Lunatic asylums Bombay report 1878-1890 - 1878-1890
Year: 1878
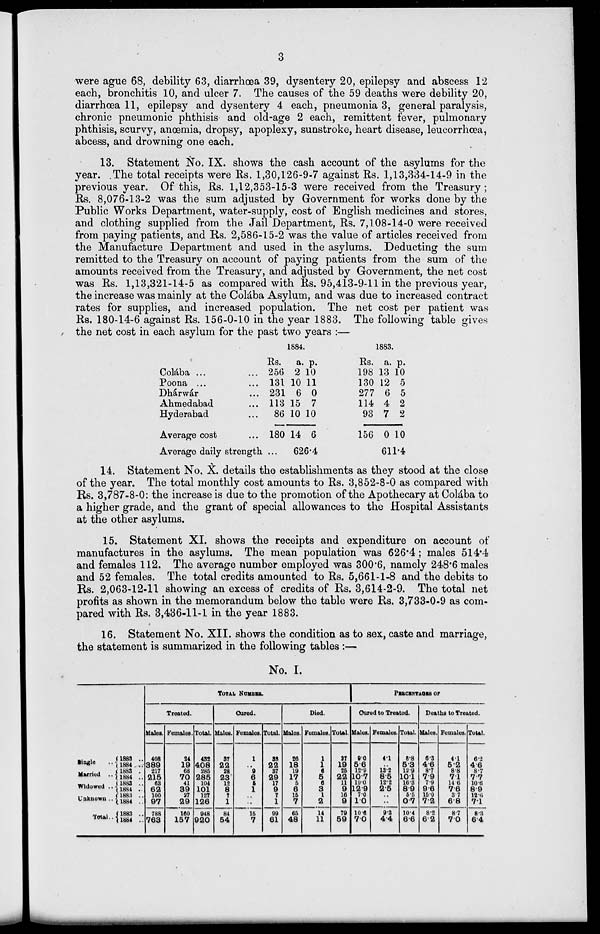
3
were ague 68, debility 63, diarrhœa 39, dysentery 20, epilepsy and abscess 12
each, bronchitis 10, and ulcer 7. The causes of the 59 deaths were debility 20,
diarrhœa 11, epilepsy and dysentery 4 each, pneumonia 3, general paralysis,
chronic pneumonic phthisis and old-age 2 each, remittent fever, pulmonary
phthisis, scurvy, anœmia, dropsy, apoplexy, sunstroke, heart disease, leucorrhœa,
abcess, and drowning one each.
13. Statement No. IX. shows the cash account of the asylums for the
year. The total receipts were Rs. 1,30,126-9-7 against Rs. 1,13,334-14-9 in the
previous year. Of this, Rs. 1,12,353-15-3 were received from the Treasury;
Rs. 8,076-13-2 was the sum adjusted by Government for works done by the
Public Works Department, water-supply, cost of English medicines and stores,
and clothing supplied from the Jail Department, Rs. 7,108-14-0 were received
from paying patients, and Rs. 2,586-15-2 was the value of articles received from
the Manufacture Department and used in the asylums. Deducting the sum
remitted to the Treasury on account of paying patients from the sum of the
amounts received from the Treasury, and adjusted by Government, the net cost
was Rs. 1,13,321-14-5 as compared with Rs. 95,413-9-11 in the previous year,
the increase was mainly at the Colába Asylum, and was due to increased contract
rates for supplies, and increased population. The net cost per patient was
Rs. 180-14-6 against Rs. 156-0-10 in the year 1883. The following table gives
the net cost in each asylum for the past two years :—
Colába ... ...
Poona ... ...
Dhárwár ...
Ahmedabad ...
Hyderabad ...
Average cost ...
1884.
Rs.
256
131
231
113
86
180
Average daily strength ...
a.
2
10
6
15
10
14
62
p.
10
11
0
7
10
6
6.4
1883.
Rs.
198
130
277
114
93
156
a.
13
12
6
4
7
0
61
p.
10
5
5
2
2
10
1.4
14. Statement No. X. details the establishments as they stood at the close
of the year. The total monthly cost amounts to Rs. 3,852-8-0 as compared with
Rs. 3,787-8-0: the increase is due to the promotion of the Apothecary at Colába to
a higher grade, and the grant of special allowances to the Hospital Assistants
at the other asylums.
15. Statement XI. shows the receipts and expenditure on account of
manufactures in the asylums. The mean population was 626.4; males 514.4
and females 112. The average number employed was 300.6, namely 248.6 males
and 52 females. The total credits amounted to Rs. 5,661-1-8 and the debits to
Rs. 2,063-12-11 showing an excess of credits of Rs. 3,614-2-9. The total net
profits as shown in the memorandum below the table were Rs. 3,733-0-9 as com-
pared with Rs. 3,436-11-1 in the year 1883.
16. Statement No. XII. shows the condition as to sex, caste and marriage,
the statement is summarized in the following tables :—
No. I.
Single
Married ..
Widowed ..
Unknown ..
Total..
1883 ..
1884 ..
1883 .
1884 ..
1883 ..
1884 ..
1883 ..
1884
..
1883 ..
1884 ..
TOTAL NUMBER
Treated.
Males.
408
389
217
215
63
62
100
97
788
763
Females.
24
19
68
70
41
39
27
29
160
157
Total.
432
408
285
285
104
101
127
126
948
920
Cured.
Males.
37
22
28
23
12
8
7
1
84
54
Females.
1
..
9
6
5
1
..
..
15
7
Total.
33
22
37
29
17
9
7
1
99
61
Died.
Males.
26
18
10
17
5
6
15
7
65
48
Females.
1
1
6
5
6
3
1
2
14
11
Total.
37
19
25
22
11
9
16
9
79
59
PERCENTAGES OF
Cured to Treated.
Males.
9.0
5.6
12.9
10.7
19.0
12.9
7.0
1.0
10.0
7.0
Females.
4.1
..
13.2
8.5
12.2
2.5
..
..
9.3
4.4
Total.
8.8
5.3
12.0
10.1
16.3
8.9
5.5
0.7
10.4
6.6
Deaths to Treated.
Males.
6.3
46
8.7
7.9
7.9
9.6
15.0
7.2
8.2
6 2
Females.
4.1
5.2
8.8
7.1
14.6
7.6
3.7
6.8
8.7
7.0
Total.
6.2
4.6
8.7
7.7
10.0
8.9
12.6
7.1
8.3
6.4